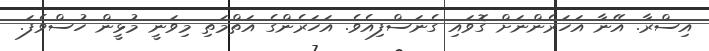
އިސްރާ. އޭނާ އަހަރެންނަށް ގޮވައި ގެނަސްފިއެވެ. އަހަރެންގެ އަތްމަތި މިވަނީ މުޅީން ހުސްވެފަ.